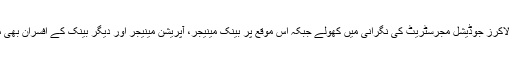
نیب ے تمام لاکرز جوڈیشل مجرسٹریٹ کی نگرانی میں کھولے جبکہ اس موقع پر بینک مینیجر، آپریشن مینیجر اور دیگر بینک کے افسران بھی موجود تھے۔